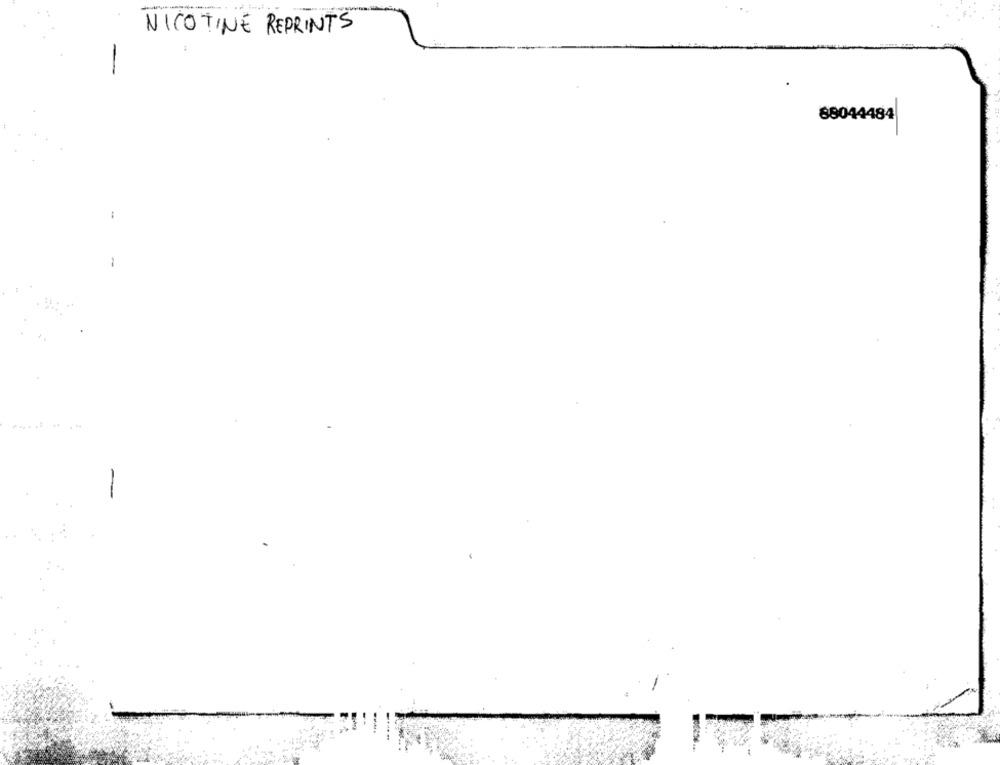
NICOTINE REPRINTS
88044484
-